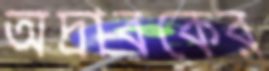
অদ্রাবকের